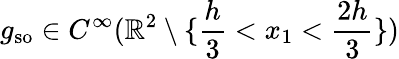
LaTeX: g_{\mathrm{so}}\in C^{\infty}(\mathbb{R}^{2}\setminus\{ \frac{h}{3}<x_{1}<\frac{2h}{3}\} )